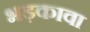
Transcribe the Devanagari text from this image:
भड़कावा